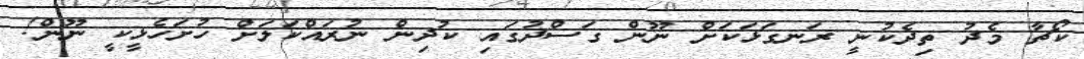
ކޯޗާ މެދު ތިދެކުނީ ރަނގަޅަކަށް ނޫން ގަސްދުގައި ކުދިން ނުރައްކަލަށް ހުށަހެޅީކީ ނޫން!